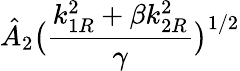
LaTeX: \displaystyle{\hat{A}_{2}\big(\frac{k_{1R}^{2}+\beta k_{2R}^{2}}{\gamma}\big)^{1/2}}